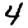
Digit: 4